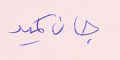
جان كميد